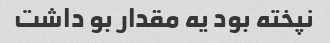
نپخته بود یه مقدار بو داشت